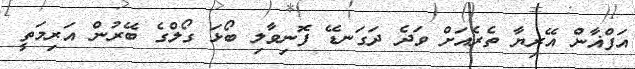
އަފްޣާން އޭރިޔާ ތެރެއަށް ވަދެ ދަގަނޑޭ ފޮނިވާލި ބޯޅަ ގޯލްގެ ބޭރުން އަރިމަތީ